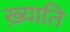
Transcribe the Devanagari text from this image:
ख़्याति